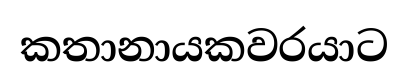
කතානායකවරයාට